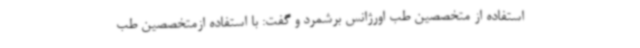
استفاده از متخصصین طب اورژانس برشمرد و گفت: با استفاده ازمتخصصین طب